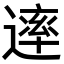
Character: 䢦